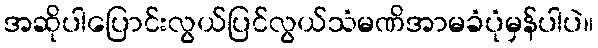
အဆိုပါပြောင်းလွယ်ပြင်လွယ်သံမဏိအာမခံပုံမှန်ပါပဲ။